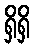
ရှိရှိ